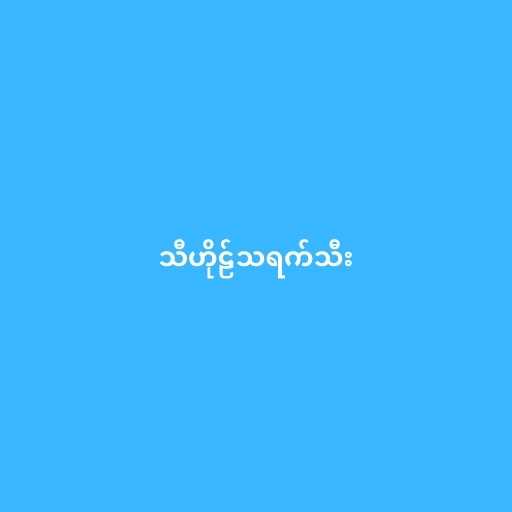
သီဟိုဠ်သရက်သီး